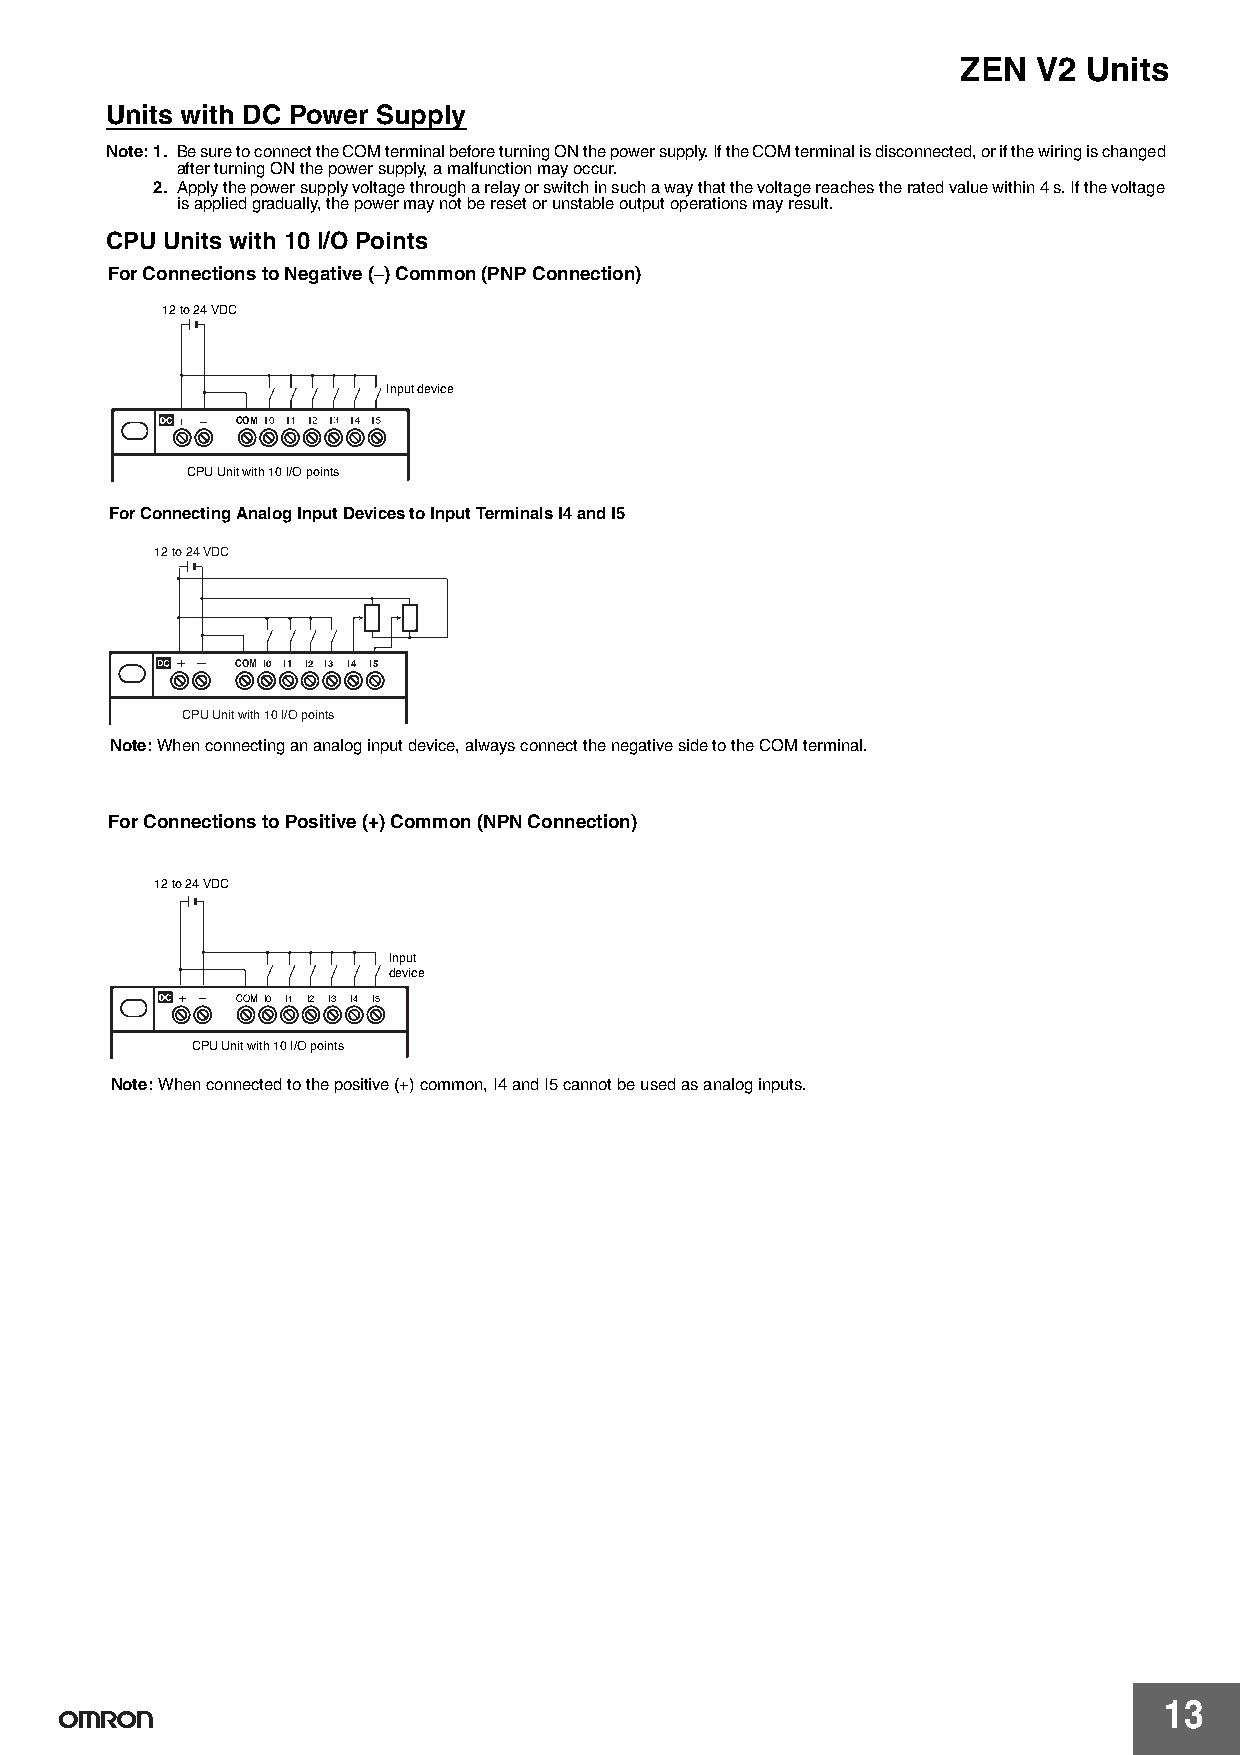
ZEN  V2 Units
 Units with DC Power Supply
 Note:1. Be sure to connect the COM terminal before turning ON the power supply. If the COM terminal is disconnected, or if the wiring is changed
 after turning ON the power supply, a malfunction may occur.
 2. Apply the power supply voltage through a relay or switch in such a way that the voltage reaches the rated value within 4 s. If the voltage
 is applied gradually, the power may not be reset or unstable output operations may result.
 CPU Units with 10 I/O Points
 For Connections to Negative (−) Common (PNP Connection)
 12 to 24 VDC
 Input device
 COM
 CPU Unit with 10 I/O points
 For Connecting Analog Input Devices to Input Terminals I4 and I5
 12 to 24 VDC
 COM I0 I1 I2 I3 I4 I5
 CPU Unit with 10 I/O points
 Note:When connecting an analog input device, always connect the negative side to the COM terminal.
 For Connections to Positive (+) Common (NPN Connection)
 12 to 24 VDC
 Input
 device
 + − COM I0 I1 I2 I3 I4 I5
 CPU Unit with 10 I/O points
 Note:When connected to the positive (+) common, I4 and I5 cannot be used as analog inputs.
 13